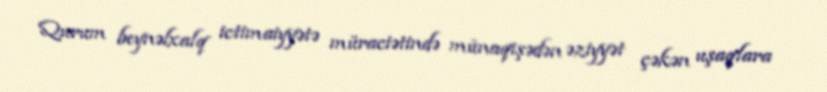
Qurum beynəlxalq ictimaiyyətə müraciətində münaqişədən əziyyət çəkən uşaqlara